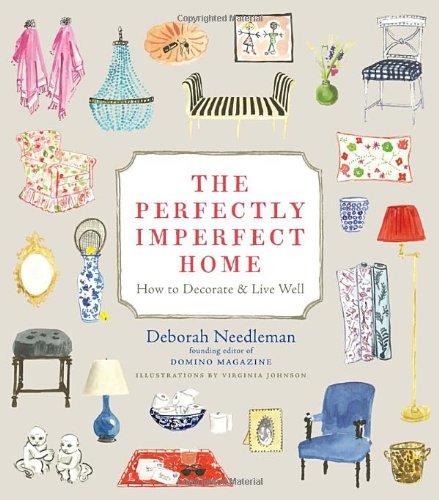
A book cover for The Perfectly Imperfect Home: How to Decorate and Live Well; Deborah Needleman; Arts & Photography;